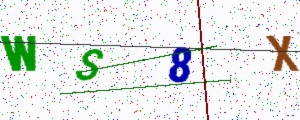
Text: WS8X